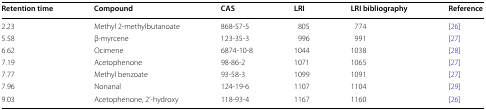
| Retention time | Compound | CAS | LRI | LRI bibliography | Reference |
 | --- | --- | --- | --- | --- | --- |
 | 2.23 | Methyl 2-methylbutanoate | 868-57-5 | 805 | 774 | [26] |
 | 5.58 | β-myrcene | 123-35-3 | 996 | 991 | [27] |
 | 6.62 | Ocimene | 6874-10-8 | 1044 | 1038 | [28] |
 | 7.19 | Acetophenone | 98-86-2 | 1071 | 1065 | [27] |
 | 7.77 | Methyl benzoate | 93-58-3 | 1099 | 1091 | [27] |
 | 7.96 | Nonanal | 124-19-6 | 1107 | 1104 | [29] |
 | 9.03 | Acetophenone, 2’-hydroxy | 118-93-4 | 1167 | 1160 | [26] |